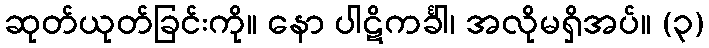
ဆုတ်ယုတ်ခြင်းကို။ နော ပါဋိကင်္ခါ၊ အလိုမရှိအပ်။ (၃)